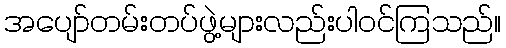
အပျော်တမ်းတပ်ဖွဲ့များလည်းပါဝင်ကြသည်။